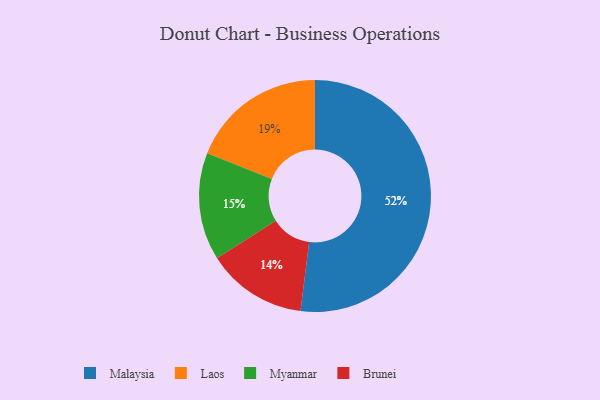
{"axis": {"x": "Category", "y": "Percentage"}, "legend": ["Brunei", "Laos", "Malaysia", "Myanmar"], "data": [{"x": "Myanmar", "y": 15, "type": "Myanmar"}, {"x": "Malaysia", "y": 52, "type": "Malaysia"}, {"x": "Brunei", "y": 14, "type": "Brunei"}, {"x": "Laos", "y": 19, "type": "Laos"}]}